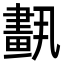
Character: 𦘣